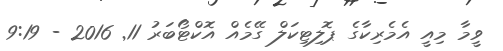
ވީމާ މިއީ އެމެރިކާގެ ޕޮލިޓިކަލް ގޭމެއް އޮކްޓޯބަރު 11